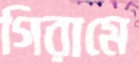
গিরামে